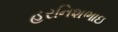
હરનિશભાઇ